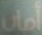
أمان